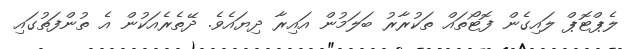
ލެޕްޓޮޕް ލައިގެން ފޮޓޯތައް ތަކުރާރު ބަލަމުން އައިރާ ދިޔައެވެ. ދޭތެރެއަކުން އެ ތުންފަތުގައި